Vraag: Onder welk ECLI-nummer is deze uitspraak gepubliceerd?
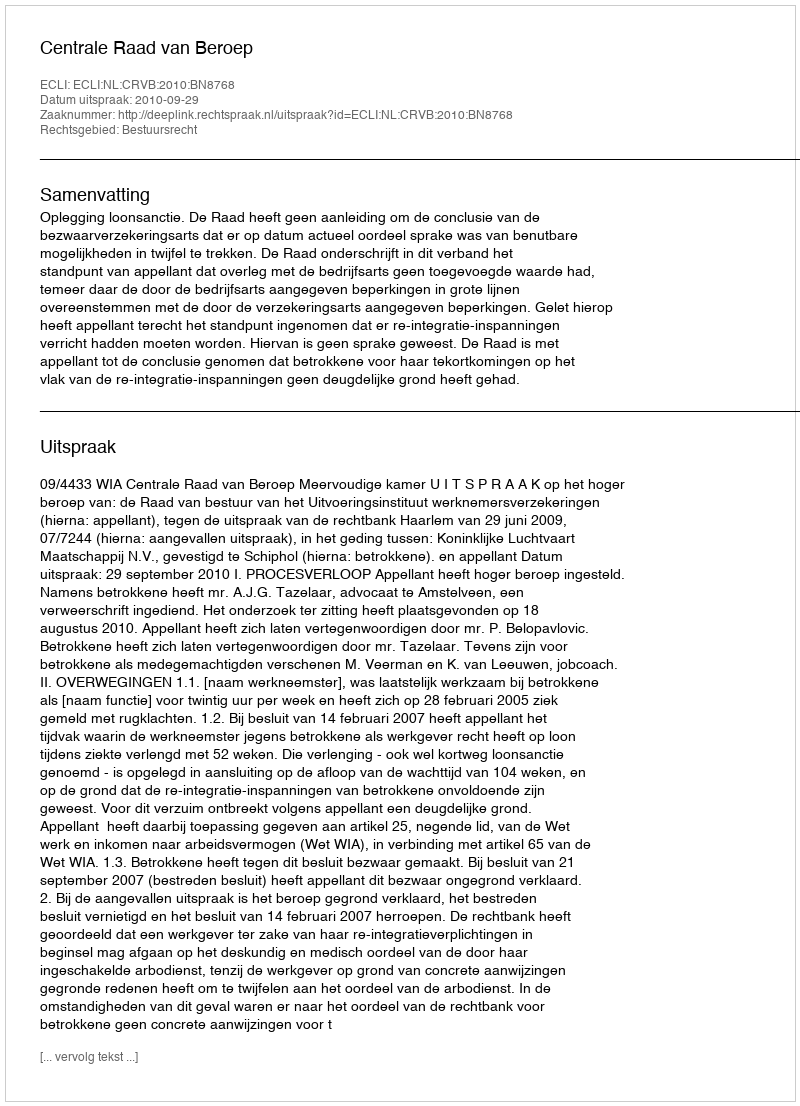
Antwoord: ECLI:NL:CRVB:2010:BN8768